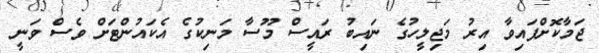
ޖަމާކޮށްފައިވާ އިރު މަޖިލީހުގެ ނައިބު ރައީސް މޫސާ މަނިކުގެ އެކައުންޓަށް ވެސް ވަނީ